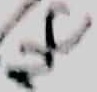
Text: NC